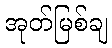
အုတ်မြစ်ချ